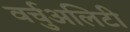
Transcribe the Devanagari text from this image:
वर्चुअलिटी